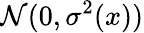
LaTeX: {\mathcal{N}}(0,\sigma^{2}(x))